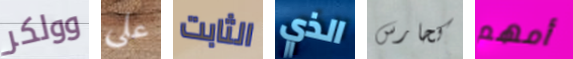
وولكر علي الثابت الذي كحارس أمهم